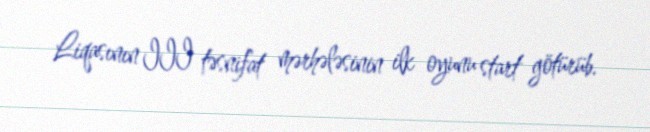
Liqasının III təsnifat mərhələsinin ilk oyunu start götürüb.